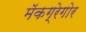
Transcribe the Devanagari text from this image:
मॅकग्रेगोर